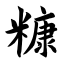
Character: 糠